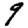
Digit: 9